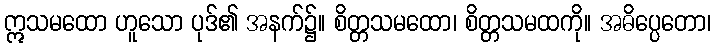
ဣသမထော ဟူသော ပုဒ်၏ အနက်၌။ စိတ္တသမထော၊ စိတ္တသမထကို။ အဓိပ္ပေတော၊